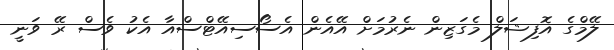
ލޭމްގެ އޮފިޝަލް މެގަޒިން ނެރުމަށް އޭއެން އެސޯސިއޭޓްސްއާ އެކު ވެސް ރޭ ވަނީ